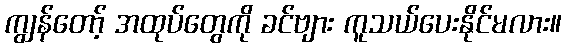
ကျွန်တော့် အထုပ်တွေကို ခင်ဗျား ကူသယ်ပေးနိုင်မလား။